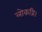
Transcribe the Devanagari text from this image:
लोकप्रि।